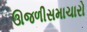
ઊજળીસમાચારો